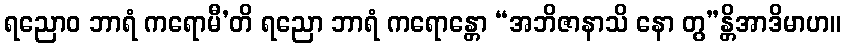
ရညောဝ ဘာရံ ကရောမီ’တိ ရညော ဘာရံ ကရောန္တော “အဘိဇာနာသိ နော တွ”န္တိအာဒိမာဟ။